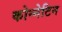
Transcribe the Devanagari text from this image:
कोन्नेटिन